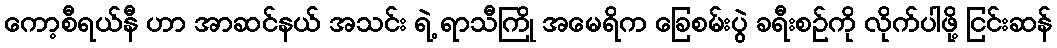
ကော့စီရယ်နီ ဟာ အာဆင်နယ် အသင်း ရဲ့ ရာသီကြို အမေရိက ခြေစမ်းပွဲ ခရီးစဉ်ကို လိုက်ပါဖို့ ငြင်းဆန်